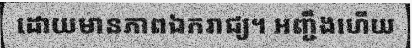
ដោយមានភាពឯករាជ្យ។ អញ្ជឹងហើយ